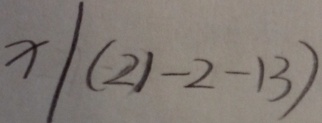
x / ( 2 1 - 2 - 1 3 )